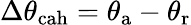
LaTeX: \Delta\theta_{\mathrm{{cah}}}=\theta_{\mathrm{{a}}}-\theta_{\mathrm{{r}}}